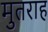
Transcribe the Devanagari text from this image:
मुतराह